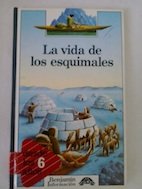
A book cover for LA Vida De Los Esquimales (Benjamin Informacion/Lives of the Eskimos) (Spanish Edition); Bernard Planche; History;